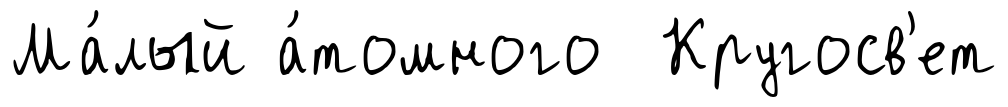
Ма́лый а́томного Кругосв'ет